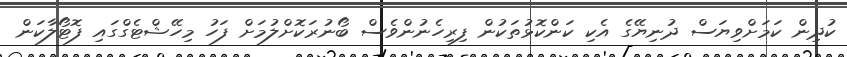
ކުދިން ކަމަށްވިޔަސް ދުނިޔޭގެ އެކި ކަންކޮޅުތަކުން ފިިރިހެނުންވެސް ބޯނުރަކޮށްލުމަށް ފަހު މިހޭޝްޓެގްގައި ފޮޓޯލާކަން